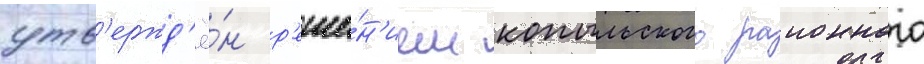
утв'ержд'ё́н р'еше́н'ием копыльского раионного